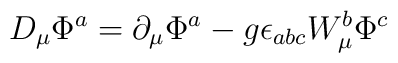
D_{\mu }\Phi ^{a}=\partial _{\mu }\Phi ^{a}-g\epsilon _{abc}W_{\mu }^{b}\Phi ^{c}